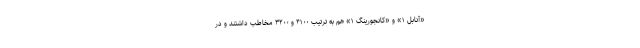
«آنابل ۱» و «کانجورینگ ۱» هم به ترتیب ۴۱۰۰ و ۳۲۰۰ مخاطب داشتند و در